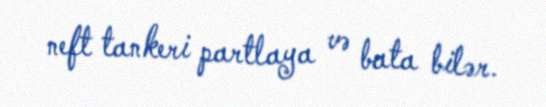
neft tankeri partlaya və bata bilər.